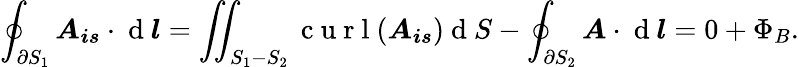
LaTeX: \oint_{\partial S_{1}}\boldsymbol{A_{is}}\cdot\mathrm{~d~}\boldsymbol{l}=\iint_{S_{1}-S_{2}}\mathrm{~c~u~r~l~}(\boldsymbol{A_{is}})\mathrm{~d~}S-\oint_{\partial S_{2}}\boldsymbol{A}\cdot\mathrm{~d~}\boldsymbol{l}=0+\Phi_{B}.